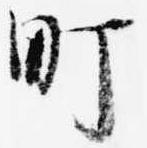
町